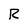
Character: R